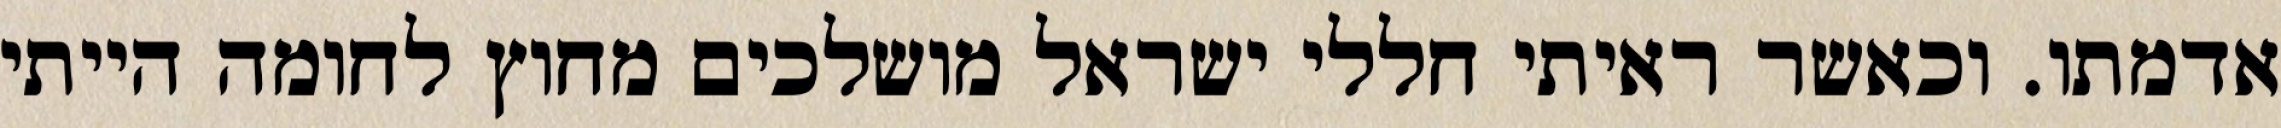
אדמתו. וכאשר ראיתי חללי ישראל מושלכים מחוץ לחומה הייתי